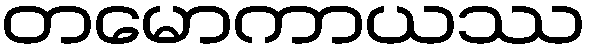
တမောကာယဿ